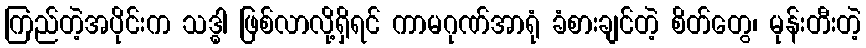
ကြည်တဲ့အပိုင်းက သဒ္ဓါ ဖြစ်လာလို့ရှိရင် ကာမဂုဏ်အာရုံ ခံစားချင်တဲ့ စိတ်တွေ၊ မုန်းတီးတဲ့